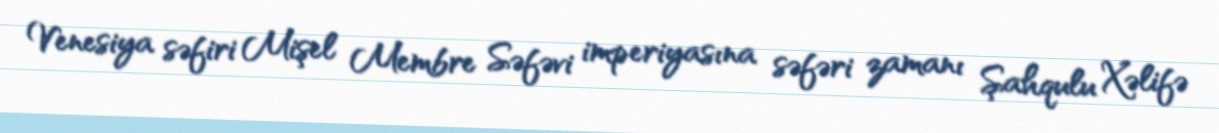
Venesiya səfiri Mişel Membre Səfəvi imperiyasına səfəri zamanı Şahqulu Xəlifə